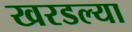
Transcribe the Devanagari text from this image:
खरडल्या